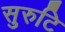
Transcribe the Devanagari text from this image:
सुरुटि